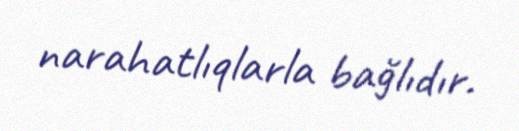
narahatlıqlarla bağlıdır.